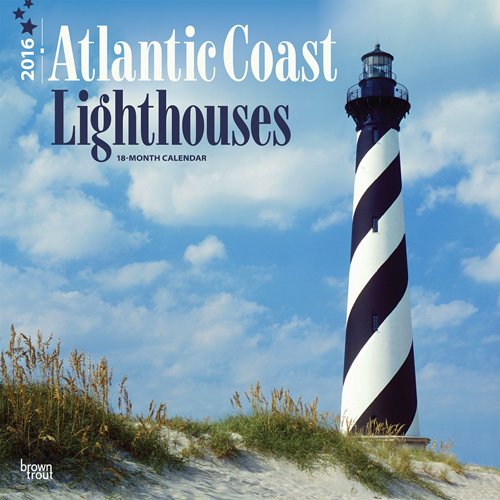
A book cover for Lighthouses, Atlantic Coast 2016 Square 12x12 (Multilingual Edition); Browntrout Publishers; Calendars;